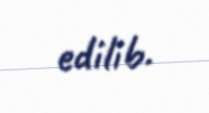
edilib.